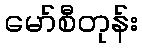
မော်စီတုန်း